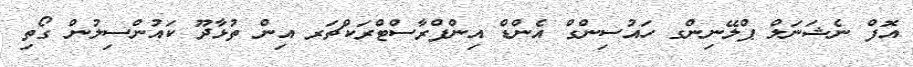
އޮފް ނެޝަނަލް ޕްލޭނިންގ ހައުސިންގް އެންޑް އިންފްރާސްޓްރަކްޗަރ އިން ތުޅާދޫ ކައުންސިލުން ގޯތި